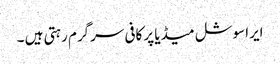
ایرا سوشل میڈیا پر کافی سرگرم رہتی ہیں ۔